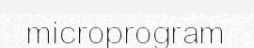
microprogram